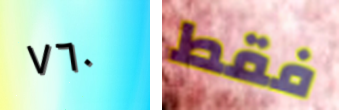
٧٦٠ فقط